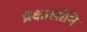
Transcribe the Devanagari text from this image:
प्रक्षालोनि